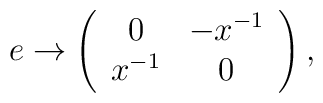
e \rightarrow \left( \begin{array}{cc} 0 & -x^{-1} \\ x^{-1} & 0 \end{array} \right),